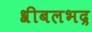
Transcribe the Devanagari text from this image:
श्रीबलभद्र